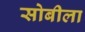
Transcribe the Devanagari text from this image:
सोबीला